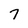
Character: 7